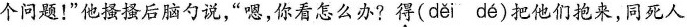
个问题！”他搔搔后脑勺说，”嗯，你看怎么办?得( děi dé )把他们抱来，同死人